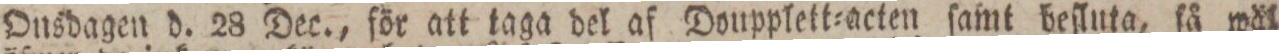
Onsdagen d. 28 Dec., för att taga del af Doupplett=acten ſamt beſluta, få wäl